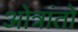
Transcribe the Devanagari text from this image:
ओत्रांतो